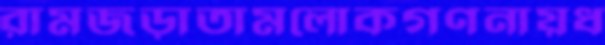
রামজড়াতামলোকগণনায়ধ